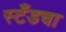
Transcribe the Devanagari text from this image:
स्टँडचा